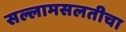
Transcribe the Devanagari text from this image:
सल्लामसलतीचा